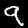
Label: 9